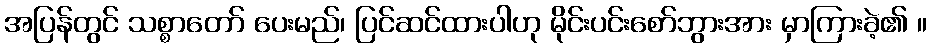
အပြန်တွင် သစ္စာတော် ပေးမည်၊ ပြင်ဆင်ထားပါဟု မိုင်းပင်းစော်ဘွားအား မှာကြားခဲ့၏ ။